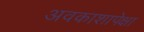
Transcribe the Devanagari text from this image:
अवकाशापेक्षा